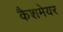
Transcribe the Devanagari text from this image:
कैशमेयर